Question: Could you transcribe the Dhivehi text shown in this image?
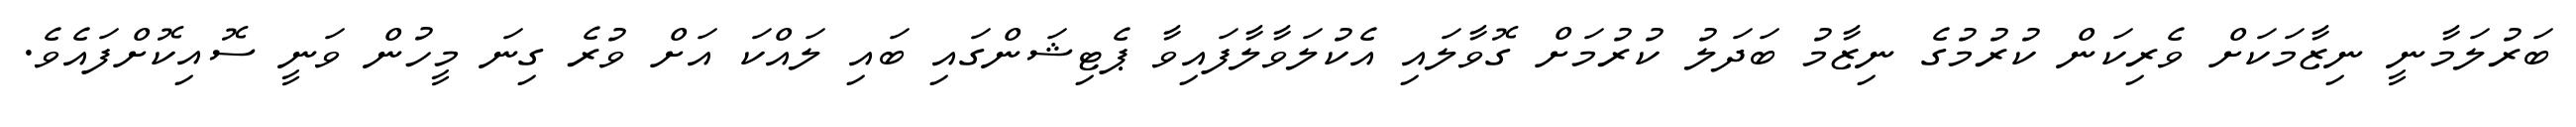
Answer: ބަރުލަމާނީ ނިޒާމަކަށް ވެރިކަން ކުރުމުގެ ނިޒާމު ބަދަލު ކުރުމަށް ގޮވާލައި އެކުލަވާލާފައިވާ ޕެޓިޝަންގައި ބައި ލައްކަ އަށް ވުރެ ގިނަ މީހުން ވަނީ ސޮއިކޮށްފައެވެ.